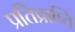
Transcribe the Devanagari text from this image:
प्रतिप्राप्ति